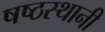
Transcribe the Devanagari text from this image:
षष्ठस्थानी